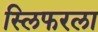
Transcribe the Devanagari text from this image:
स्लिफरला